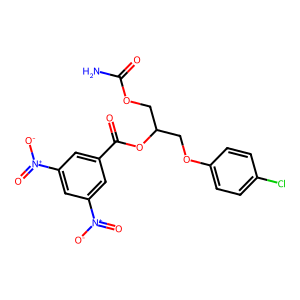
SMILES: NC(=O)OCC(COc1ccc(Cl)cc1)OC(=O)c1cc([N+](=O)[O-])cc([N+](=O)[O-])c1
Inhibits HIV replication: No